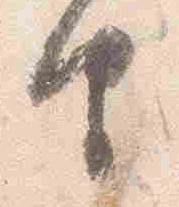
由